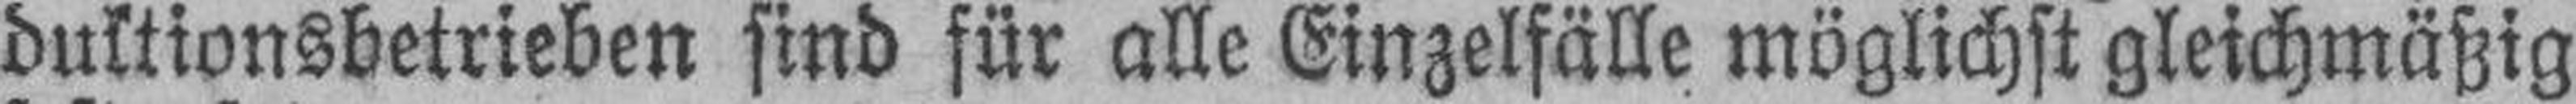
duktionsbetrieben sind für alle Einzelfälle möglichst gleichmäßig